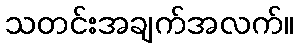
သတင်းအချက်အလက်။